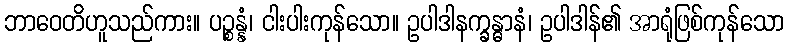
ဘာဝေတိဟူသည်ကား။ ပဉ္စန္နံ၊ ငါးပါးကုန်သော။ ဥပါဒါနက္ခန္ဓာနံ၊ ဥပါဒါန်၏ အာရုံဖြစ်ကုန်သော